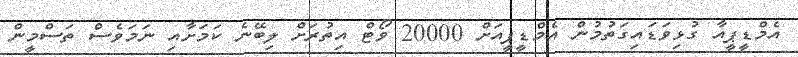
އެމްޑީޕީއާ ގުޅިވަޑައިގަތުމުން އެމްޑީޕީއަށް 20000 ވޯޓް އިތުރަށް ލިބޭނެ ކަމަށާއި ނަމަވެސް ތަސްމީން